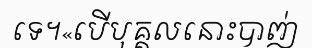
ទេ។«បើបុគ្គលនោះបាញ់